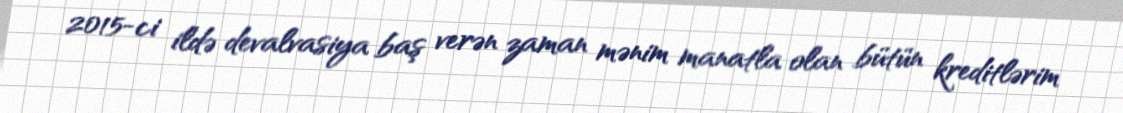
2015-ci ildə devalvasiya baş verən zaman mənim manatla olan bütün kreditlərim